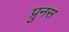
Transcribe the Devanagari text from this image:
प्रुनस